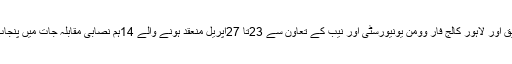
تفصیلات کے مطابق پنجاب ہائیر ایجوکیشن،دی ایجوکیشنسٹ، جا معہ پنجاب ، ادارہ تعلیم وتحقیق اور لاہور کالج فار وومن یونیورسٹی اور نیب کے تعاون سے 23تا 27اپریل منعقد ہونے والے 14ہم نصابی مقابلہ جات میں پنجاب سے 920،،سندھ 15، پختونخواہ11، بلوچستان 18اور کشمیر سی5ٹیمیں حصہ لے رہی ہیں۔